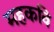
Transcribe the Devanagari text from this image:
महकवि